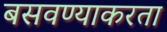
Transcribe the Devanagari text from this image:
बसवण्याकरता